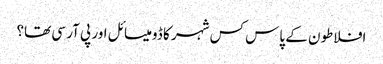
افلاطون کے پاس کس شہر کا ڈومیسائل اور پی آر سی تھا؟